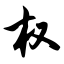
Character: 权